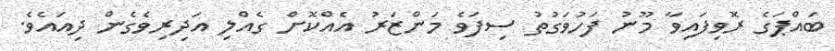
ބައްޕަގެ ރޮވިފައިވާ މޫނު ފަހުވަގުތު ސިފަވެ މަންޒަރު އެއްކޮށް ގެއްލި އަދިރިވެގެން ދިއައެވެ.